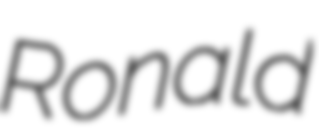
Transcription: Ronald